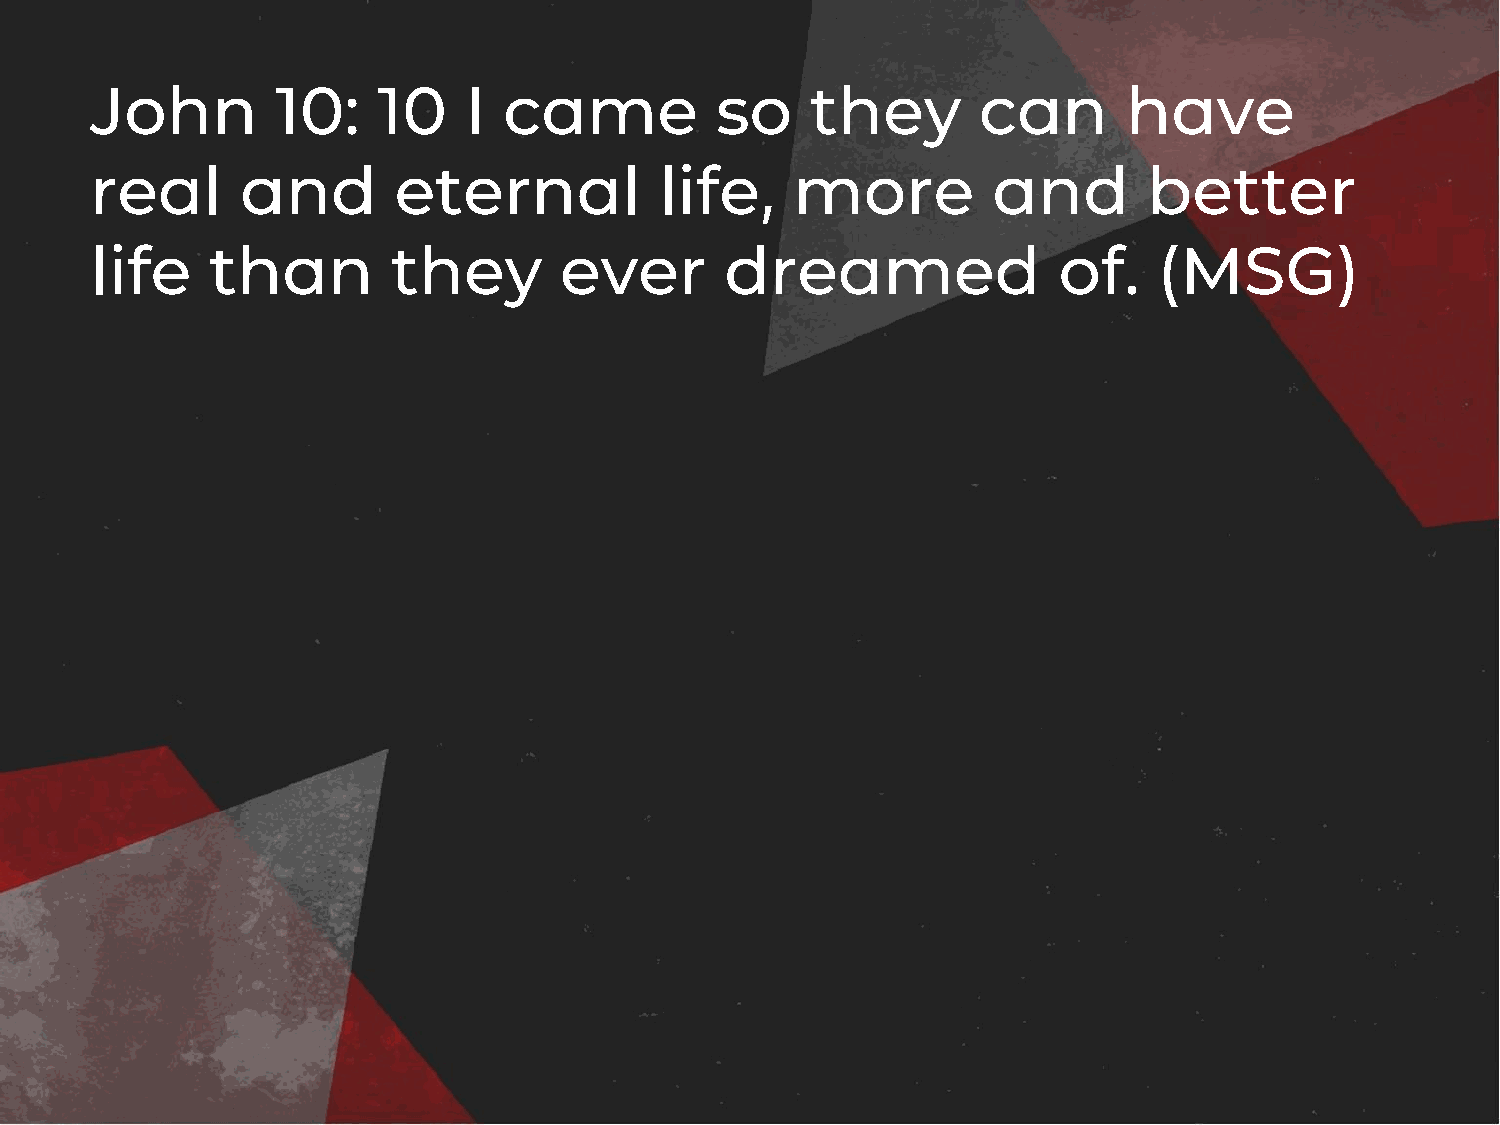
John        10:    10    I came          so     they       can       have
 real      and       eternal           life,    more         and       better
 life    than        they       ever       dreamed               of.    (MSG)